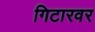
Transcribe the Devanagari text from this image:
गिटारवर